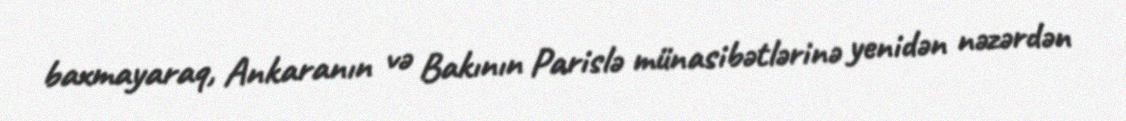
baxmayaraq, Ankaranın və Bakının Parislə münasibətlərinə yenidən nəzərdən